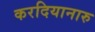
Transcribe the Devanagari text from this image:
करदियानारु